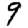
Digit: 9